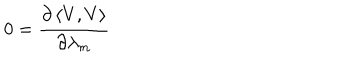
LaTeX: 0 = \frac { \partial \left\langle V , V \right\rangle } { \partial \lambda _ { m } }